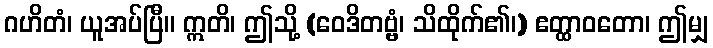
ဂဟိတံ၊ ယူအပ်ပြီ။ ဣတိ၊ ဤသို့ (ဝေဒိတဗ္ဗံ၊ သိထိုက်၏၊) ဧတ္ထာဝတော၊ ဤမျှ